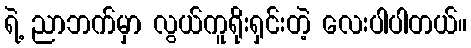
ရဲ့ ညာဘက်မှာ လွယ်ကူရိုးရှင်းတဲ့ လေးပါပါတယ်။